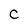
Character: C